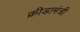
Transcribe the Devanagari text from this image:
क्रीडामंत्री